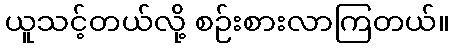
ယူသင့်တယ်လို့ စဉ်းစားလာကြတယ်။